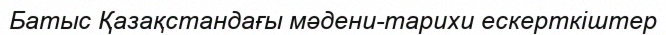
Батыс Қазақстандағы мәдени-тарихи ескерткіштер